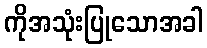
ကိုအသုံးပြုသောအခါ